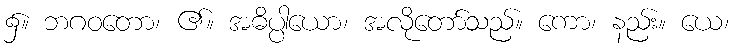
၌။ ဘဂဝတော၊ ၏။ အဓိပ္ပါယော၊ အလိုတော်သည်။ ကော၊ နည်း။ ယေ၊